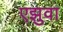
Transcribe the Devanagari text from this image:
एझुवा